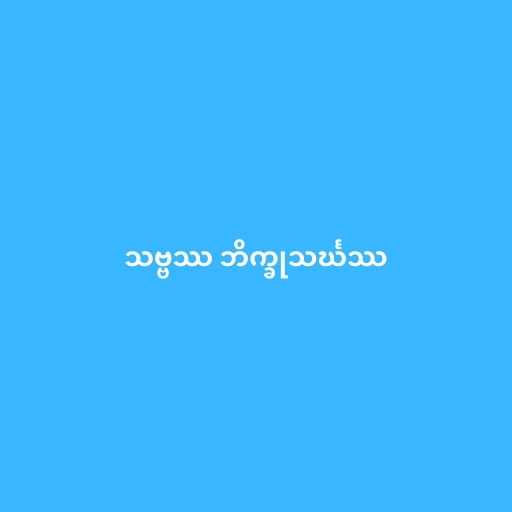
သဗ္ဗဿ ဘိက္ခုသင်္ဃဿ